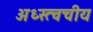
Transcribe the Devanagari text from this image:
अध्स्त्वचीय